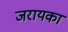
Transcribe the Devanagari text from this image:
जरायका